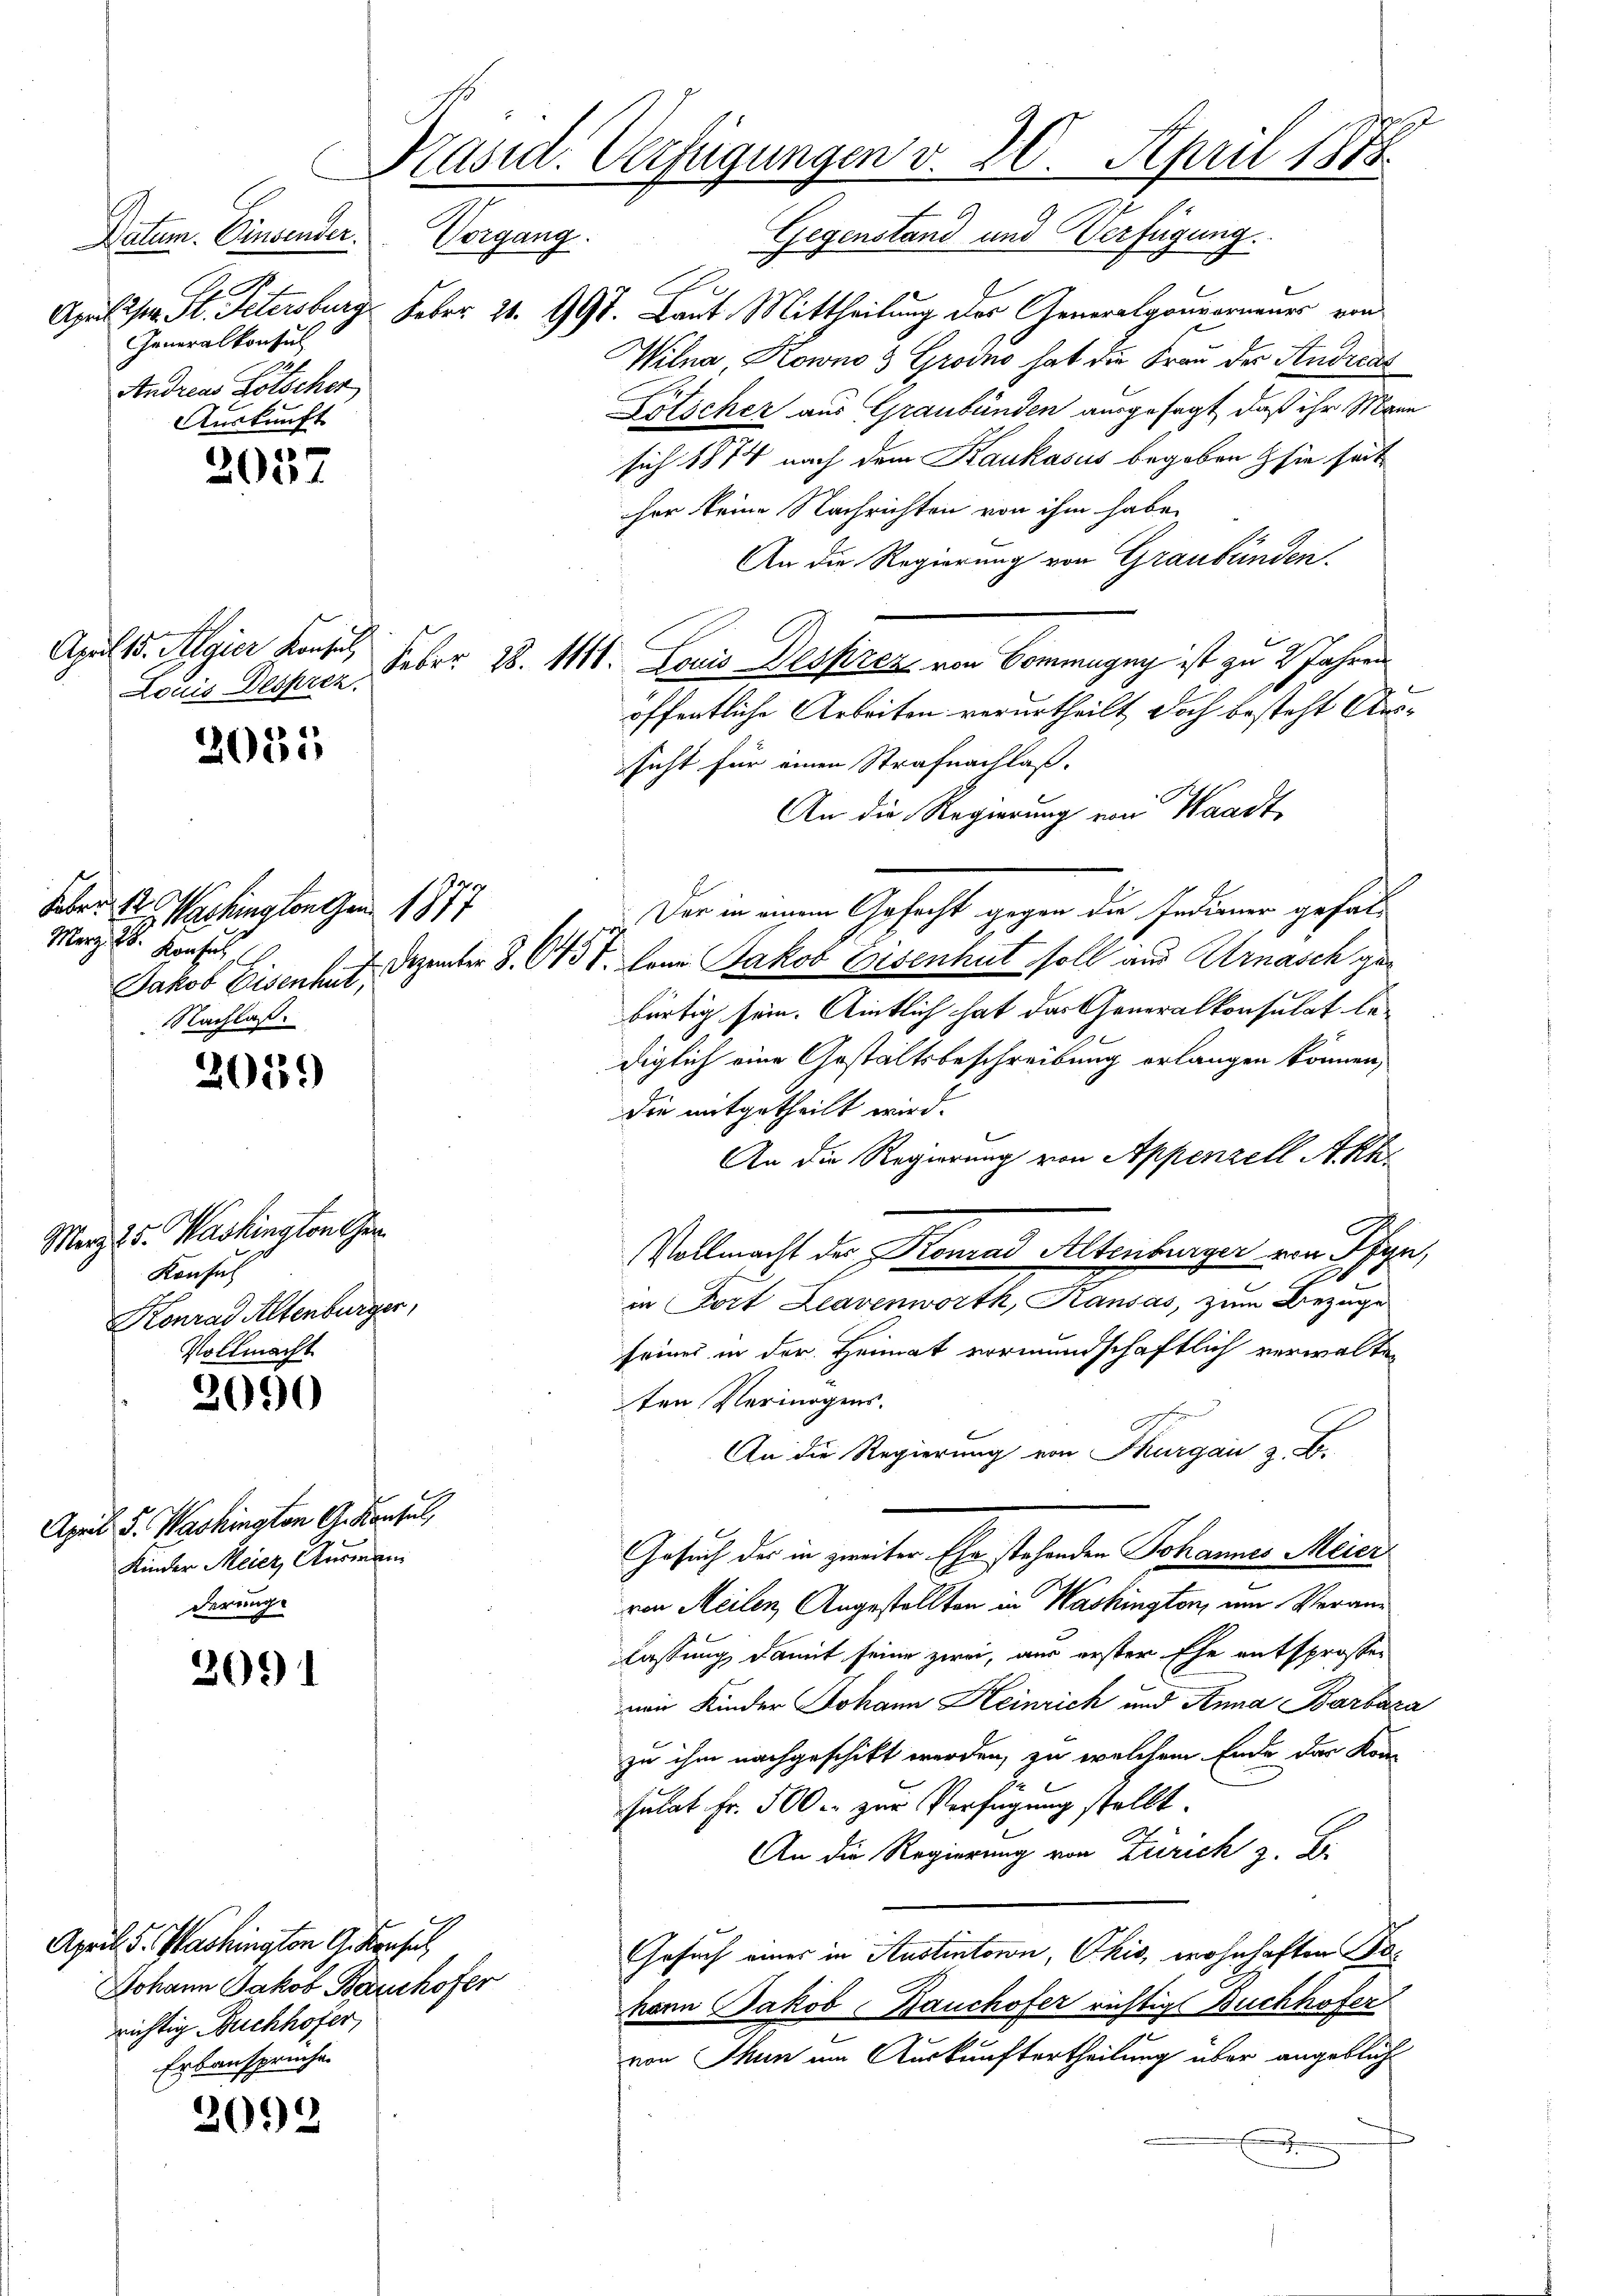
Datum. Einsender.
.A.
Generalkonsul
Andreas Lötscher
Auskunft

3057

April 15. Algier Konsul
Louis Desprez

2055

Faber 120
Washington an. 1877
Marz. 28. Konsul
Nachlaß.

2059)

Merz 25. Washington eher
Konsul
Konrad Altenburger,
Vollmacht

2090

April d. Washington G. Konsul,
Kinder Meier, Ausman
derung

2091

2092

h
Präsid. Verfügungen v. 20. April 1878
Vorgang.
Gegenstand und Verfügung

April l. M. Petersburg Febr. 21. 991. Laut Mittheilung des Generalgouverneues von
Wilna Kowno 3 Groino hat die Frau der Andreas
Pölicher aus Graubünden ausgesagt, daß ihr Mann
sich 1874 nach dem Kaukasus begeben sie seit
her keine Nachrichten von ihm habe
An die Regierung von Graubünden.
Feber 28. 1111. Louis Dessirez von Commagny ist zu 2 Jahren
öffentliche Arbeiten verurtheilt doch besteht Aussicht für einen Strafnachlaß.
An die Regierung von Waadt,
Der in einem Gefecht gegen die Indianer gefal¬
Jakob Eisenkt. Dezember S. 643. Denn Jakob Eisenhut soll aus Arnasch gebürtig sein. Amtlich hat das Generalkonsulat bediglich eine Gestaltsbeschreibung erlangen können,
die mitgetheilt wird.
An die Regierung von Appenzell Akk
Vollmacht der Konrad Altenburger von Pfyn,
in Fort Leavenwortk, Kausas, zum Bezuge
seines in der Heimat vormundschaftlich verwalten
ten Vermögens.
An die Regierung von Thurgau z. B.
Gesuch der in güter Ehe stehenden Johannes Meine
von Meilen, Angestellten in Washington, um Veranlassung damit seine zwei, aus erster Ehe entsprossen
nen Kinder Johann Heinrich und Anna Barbara
zu ihm nachgeschikt werden, zu welchem Ende der Kon
sulat Fr. 500. zur Verfügung stellt.
An die Regierung von Zürich z. B.
Gesuch eines in Austentorn, Ohio, wohnhaften Bekann Jakob Bauchofer richtig Buchhofer
von Thun im Auskunftertheilung über angeblicht
h

April 5. Washington G. Konsul
Johann Jakob Baushofer
richtig Buchhofer,
Erbansprüche